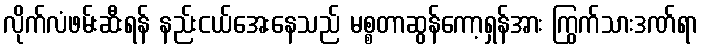
လိုက်လံဖမ်းဆီးရန် နည်းငယ်အေးနေသည် မစ္စတာဆွန်ကော့ရှန်အား ကြွက်သားဒဏ်ရာ